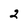
Character: 2